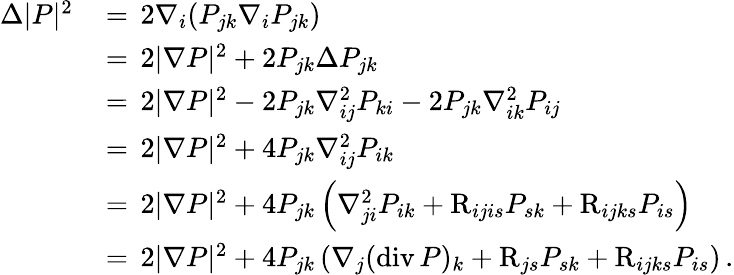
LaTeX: \begin{array}{rl}{\Delta|P|^{2}\, }&{=\, 2\nabla_{i}(P_{jk}\nabla_{i}P_{jk})}\\ &{=\, 2|\nabla P|^{2}+2P_{jk}\Delta P_{jk}}\\ &{=\, 2|\nabla P|^{2}-2P_{jk}\nabla_{ij}^{2}P_{ki}-2P_{jk}\nabla_{ik}^{2}P_{ij}}\\ &{=\, 2|\nabla P|^{2}+4P_{jk}\nabla_{ij}^{2}P_{ik}}\\ &{=\, 2|\nabla P|^{2}+4P_{jk}\left(\nabla_{ji}^{2}P_{ik}+{\mathrm R}_{ijis}P_{sk}+{\mathrm R}_{ijks}P_{is}\right)}\\ &{=\, 2|\nabla P|^{2}+4P_{jk}\left(\nabla_{j}(\mathrm{div}\, P)_{k}+{\mathrm R}_{js}P_{sk}+{\mathrm R}_{ijks}P_{is}\right)\, .}\end{array}